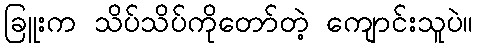
ခြူးက သိပ်သိပ်ကိုတော်တဲ့ ကျောင်းသူပဲ။